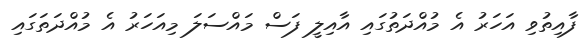
ފާއިތުވި އަހަރު އެ މުއްދަތުގައި އާއިލީ ފަސް މައްސަލަ މިއަހަރު އެ މުއްދަތަގައި